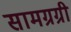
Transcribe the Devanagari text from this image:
सामग्रग्री